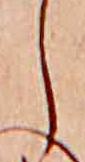
し